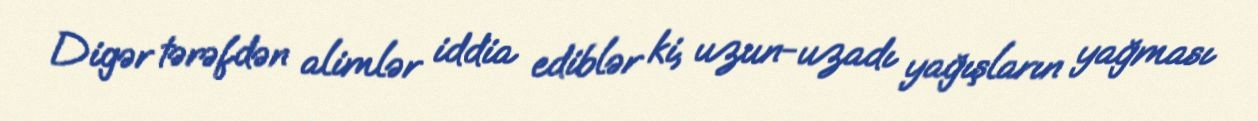
Digər tərəfdən alimlər iddia ediblər ki, uzun-uzadı yağışların yağması